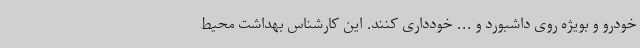
خودرو و بویژه روی داشبورد و ... خودداری کنند. این کارشناس بهداشت محیط